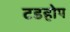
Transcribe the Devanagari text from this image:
टडहोप